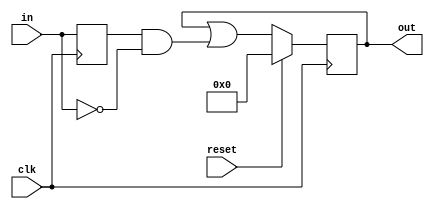
module top_module (
    input clk,
    input reset,
    input [31:0] in,
    output [31:0] out
);
    reg [31:0] middle;
    always@(posedge clk) begin
        middle <= in;
        if(reset) begin
            out <= 0;
        end
        else begin
            out <= out | (middle & ~in);
        end
    end
endmodule